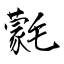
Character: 氋